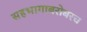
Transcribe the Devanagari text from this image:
सहभागाबरोबरच